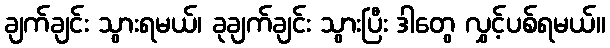
ချက်ချင်း သွားရမယ်၊ ခုချက်ချင်း သွားပြီး ဒါတွေ လွှင့်ပစ်ရမယ်။